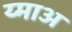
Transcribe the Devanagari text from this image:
य्माअ